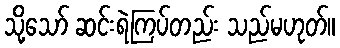
သို့သော် ဆင်းရဲကြပ်တည်း သည်မဟုတ်။